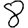
Digit: 8